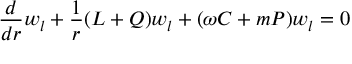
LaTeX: \frac { d } { d r } w _ { l } + \frac { 1 } { r } ( L + Q ) w _ { l } + ( \omega C + m P ) w _ { l } = 0